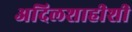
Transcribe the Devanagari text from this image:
अदिलशाहीशी